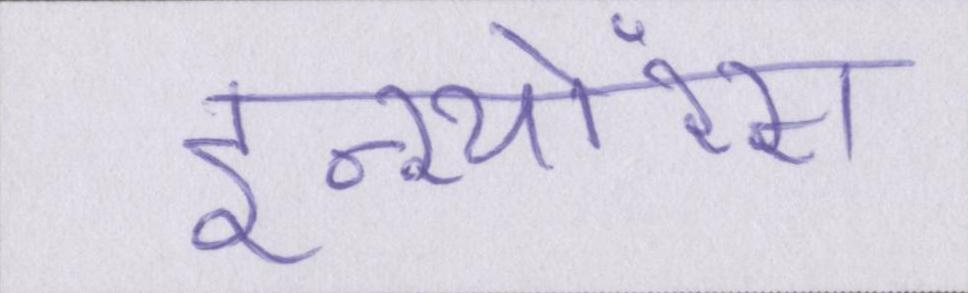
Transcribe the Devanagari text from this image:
इन्श्योरेंस